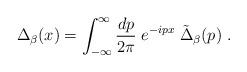
LaTeX: \begin{align*}\Delta_{\beta} (x) = \int_{-\infty}^\infty {dp \over 2\pi} \; e^{-ipx} \;\tilde{\Delta}_{\beta}(p)\; .\end{align*}